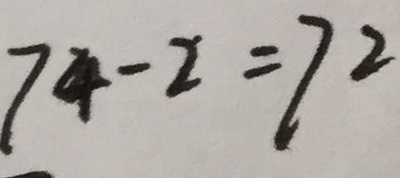
7 4 - 2 = 7 2